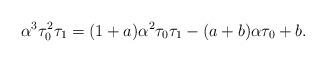
LaTeX: \begin{align*}\alpha^3 \tau_0^2 \tau_1 = (1+a) \alpha^2 \tau_0 \tau_1 - (a+b) \alpha \tau_0 + b.\end{align*}